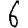
Digit: 6